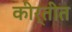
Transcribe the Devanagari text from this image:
कीर्तीत